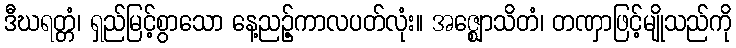
ဒီဃရတ္တံ၊ ရှည်မြင့်စွာသော နေ့ညဉ့်ကာလပတ်လုံး။ အဇ္ဈောသိတံ၊ တဏှာဖြင့်မျိုသည်ကို